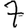
Digit: 7